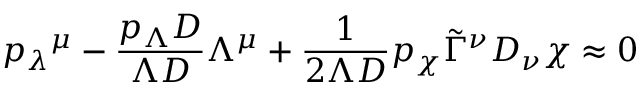
{ p _ { \lambda } } ^ { \mu } - \frac { p _ { \Lambda } D } { \Lambda D } \Lambda ^ { \mu } + \frac 1 { 2 \Lambda D } p _ { \chi } \tilde { \Gamma } ^ { \nu } D _ { \nu } \chi \approx 0